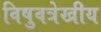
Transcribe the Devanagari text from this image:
विषुवत्रेखीय